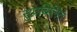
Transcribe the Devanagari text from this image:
सुप्रचिलित